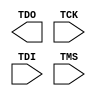
// $Header: /devl/xcs/repo/env/Databases/CAEInterfaces/xec_libs/data/unisims/JTAG_SIM_VIRTEX4.v,v 1.1 2005/05/10 01:20:06 wloo Exp $
`celldefine
`timescale 1 ps/1 ps

module JTAG_SIM_VIRTEX4 ( TDO, TCK, TDI, TMS );

  output TDO;

  input TCK, TDI, TMS;
   
  parameter PART_NAME = "LX15";
   
endmodule // JTAG_SIM_VIRTEX4